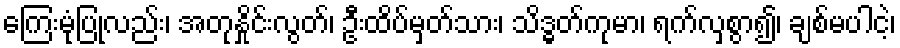
ကြေးမုံပြုလည်း၊ အတုနှိုင်းလွတ်၊ ဦးထိပ်မှတ်သား၊ သိဒ္ဓတ်ကုမာ၊ ရက်လှစွာ၍၊ ချစ်မပါငဲ့၊